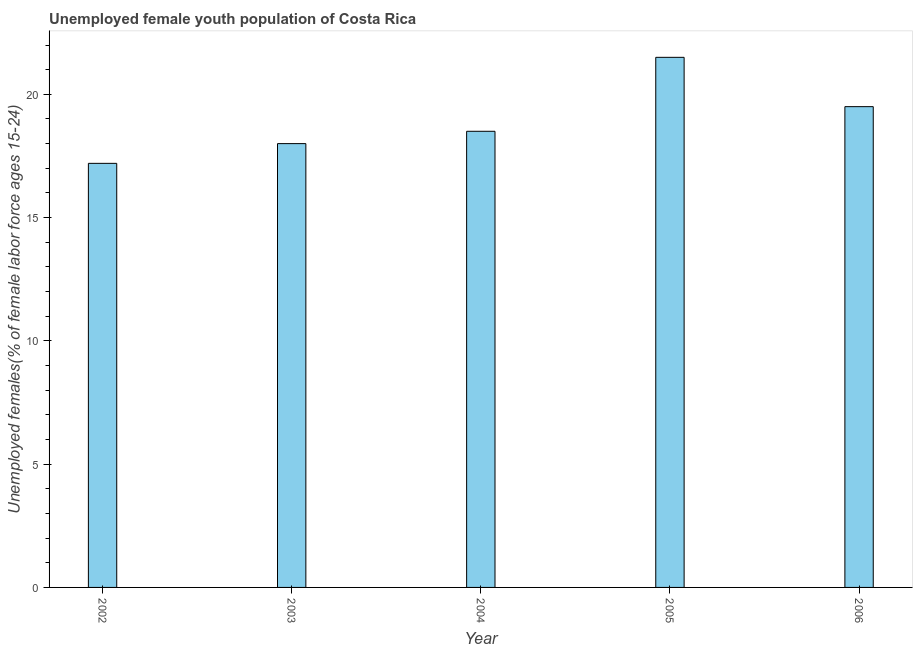
| Year | Unemployment youth female |
 | --- | --- |
 | 2002 | 17.2 |
 | 2003 | 18 |
 | 2004 | 18.5 |
 | 2005 | 21.5 |
 | 2006 | 19.5 |